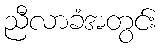
ညီလာခံအတွင်း